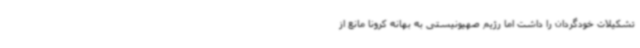
تشکیلات خودگردان را داشت اما رژیم صهیونیستی به بهانه کرونا مانع از